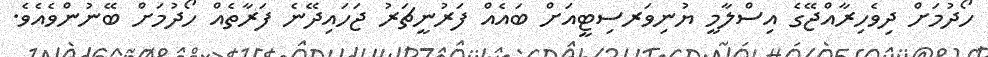
ހޯދުމަށް ދިވެހިރާއްޖޭގެ އިސްލާމީ ޔުނިވަރސިޓީއަށް ބައެއް ފަރުނީޗަރު ޖަހައިދޭނެ ފަރާތެއް ހޯދުމަށް ބޭނުންވެއެވެ.